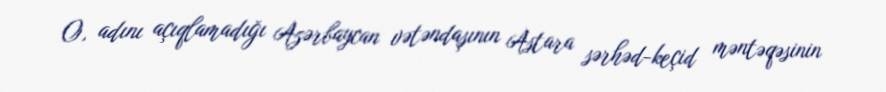
O, adını açıqlamadığı Azərbaycan vətəndaşının Astara sərhəd-keçid məntəqəsinin